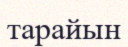
тарайын